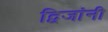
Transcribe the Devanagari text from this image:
द्विजांनी